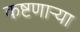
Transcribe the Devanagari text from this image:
कष्टणार्‍या